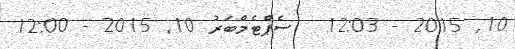
10